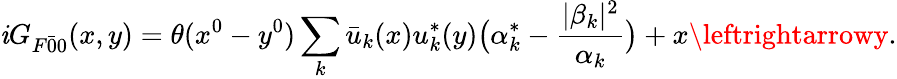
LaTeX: \mathit{i}G_{F\bar{{0}}{0}}(x,y)=\theta(x^{0}-y^{0})\sum_{k}\bar{{u}}_{k}(x)u_{k}^{*}(y)\bigl(\alpha_{k}^{*}-\frac{{|\beta_{k}|^{2}}}{{\alpha_{k}}}\bigr)+x\leftrightarrowy.